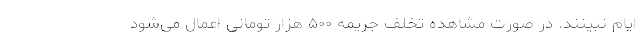
ایام نبینند. در صورت مشاهده تخلف جریمه ۵۰۰ هزار تومانی اعمال می‌شود